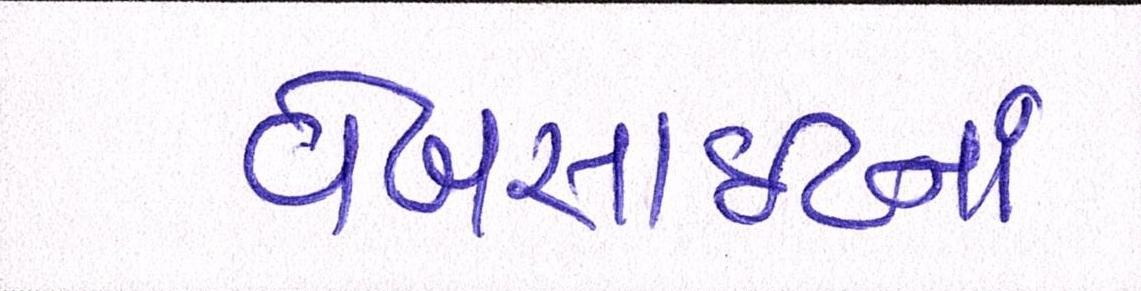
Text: વેબસાઈટનાં